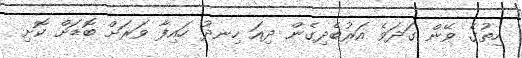
ހިތުގެ ވޭން ގަދަވެ އަރުބެދިގެން ދިއަ ހިނދު ހައިފާ ވަރަށް ބޮޑަށް ކޮށި